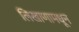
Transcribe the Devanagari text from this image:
लिखाणामधून